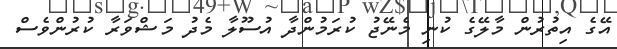
އޭގެ އިތުރުން މާލޭގެ ކުނި މެނޭޖު ކުރަމުންދާ އުސޫލާ މެދު މަޝްވަރާ ކުރުންވެސް